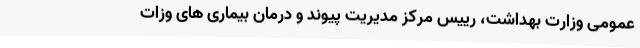
عمومی وزارت بهداشت، رییس مرکز مدیریت پیوند و درمان بیماری های وزات